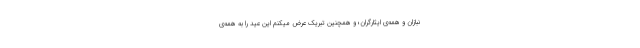
نبازان و همه‌ی ایثارگران؛ و همچنین تبریک عرض میکنم این عید را به همه‌ی